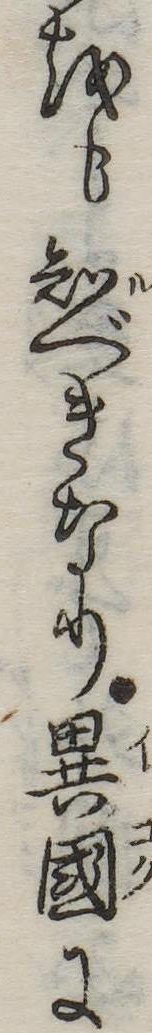
をも知べきなり異国に